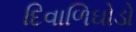
દિવાળિઘોડો